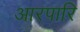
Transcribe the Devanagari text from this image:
आरपारि